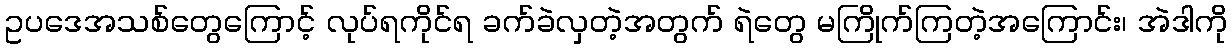
ဥပဒေအသစ်တွေကြောင့် လုပ်ရကိုင်ရ ခက်ခဲလှတဲ့အတွက် ရဲတွေ မကြိုက်ကြတဲ့အကြောင်း၊ အဲဒါကို